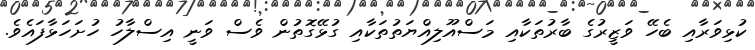
ކުޅިވަރާއި ބެހޭ ވަޒީރުގެ ބާރުތަކާއި މަސްއޫލިއްޔަތުތަކާއި ގުޅޭގޮތުން ވެސް ވަނީ އިސްލާހު ހުށަހަޅާފައެވެ.